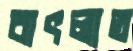
বাৎলাত